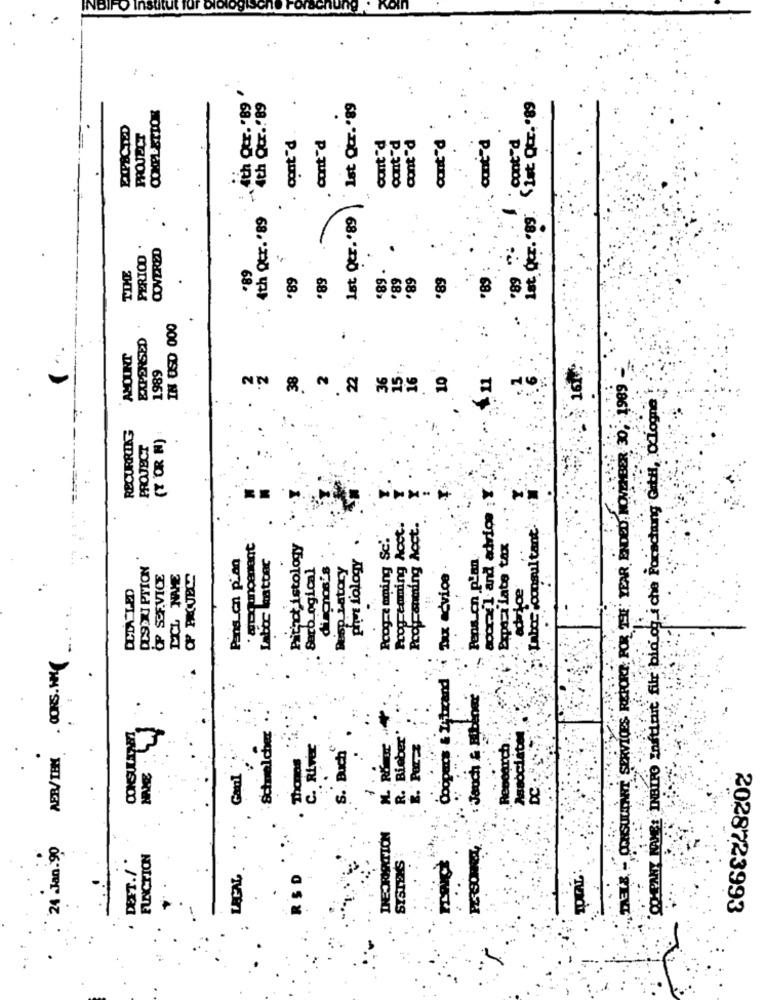
INBII
nstitut 1
Ath Qtr. '89
COMPLETION
4th Qtr .. '89
Ist Qtr.'89
Ist. Qtr. "89. "1st Qtr.'89
PROJECT
cont'd
. cont'd
cont 'd
cont'd
cont'd
cont'd
cont'd
:cont"d
4th Qtr. '89
1st Qtr.'89
.89 ".
PERIOD
CONTRED
TIME
'89
89 .
'89 :
'89
89
68.
68.
68.
IN USD 000
EXPERSED
..
AMOUNT
1989
16
NN 8. 0 8 224. 9
COMEANY NOME: INBIRO Institut filr big og i che Forschung GitH, odlogne
DETE - CONSULTANT SERVICES REPORT FOR THE YEAR ENDED NOVEMBER 30;
RECURRING
(T OR N)
PROJECT
accra'l and adrice ;
Programming Acct.
Programming Acct.
Labor consul tant'
Progra mming Sc'.
· acqunoenant
Ritzct istology
Expazi iate tax
Pans on pian
Labor katter
piot fology
Pens.cn plan
DESCRIPTION
Sarb ogical
dingnos's
Desp Latory
OP SCF.VICE
LCL NAME
Txx advice
CCIA L-ED
... advice
ABR/TEN . CORS.WHY
Schmelcher
R. Bieber
C. River
S. Bach
search
Thomas
Gaul
DC .
24 -Jan.90
PERSONEL,
DEFT./
FUNCTION
SISTEKS
LACAL.
RSD
2028723993